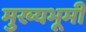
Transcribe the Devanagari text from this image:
मुख्यभूमी